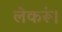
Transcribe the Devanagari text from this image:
लेकरूं।